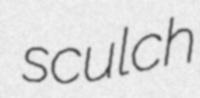
sculch